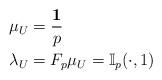
LaTeX: \begin{align*}\mu_U& = \frac{\mathbf{1}}{p}\\\lambda_U& = F_p \mu_U = \mathbb{I}_p(\cdot, 1)\end{align*}